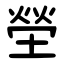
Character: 塋